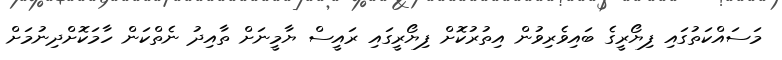
މަސައްކަތުގައި ފިޔޯރީގެ ބައިވެރިވުން އިތުރުކޮށް ފިޔޯރީގައި ރައީސް ޔާމީނަށް ތާއިދު ނެތްކަން ހާމަކޮށްދިނުމަށް